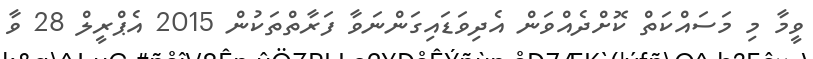
ވީމާ މި މަސައްކަތް ކޮށްދެއްވަން އެދިވަޑައިގަންނަވާ ފަރާތްތަކުން 2015 އެޕްރީލް 28 ވާ